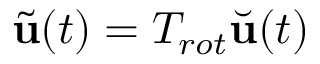
\tilde { \mathbf { u } } ( t ) = T _ { r o t } \Breve { \mathbf { u } } ( t )